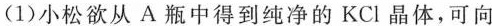
(1)小松欲从A瓶中得到纯净的KCl晶体，可向